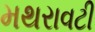
મથરાવટી